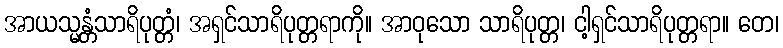
အာယသ္မန္တံသာရိပုတ္တံ၊ အရှင်သာရိပုတ္တရာကို။ အာဝုသော သာရိပုတ္တ၊ ငါ့ရှင်သာရိပုတ္တရာ။ တေ၊